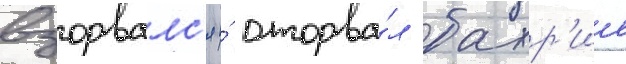
взорвалс'я и́ оторва́л бахр'ие